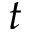
t